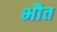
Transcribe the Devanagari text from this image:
भौत